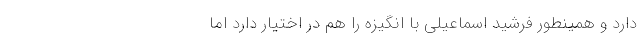
دارد و همینطور فرشید اسماعیلی با انگیزه را هم در اختیار دارد اما